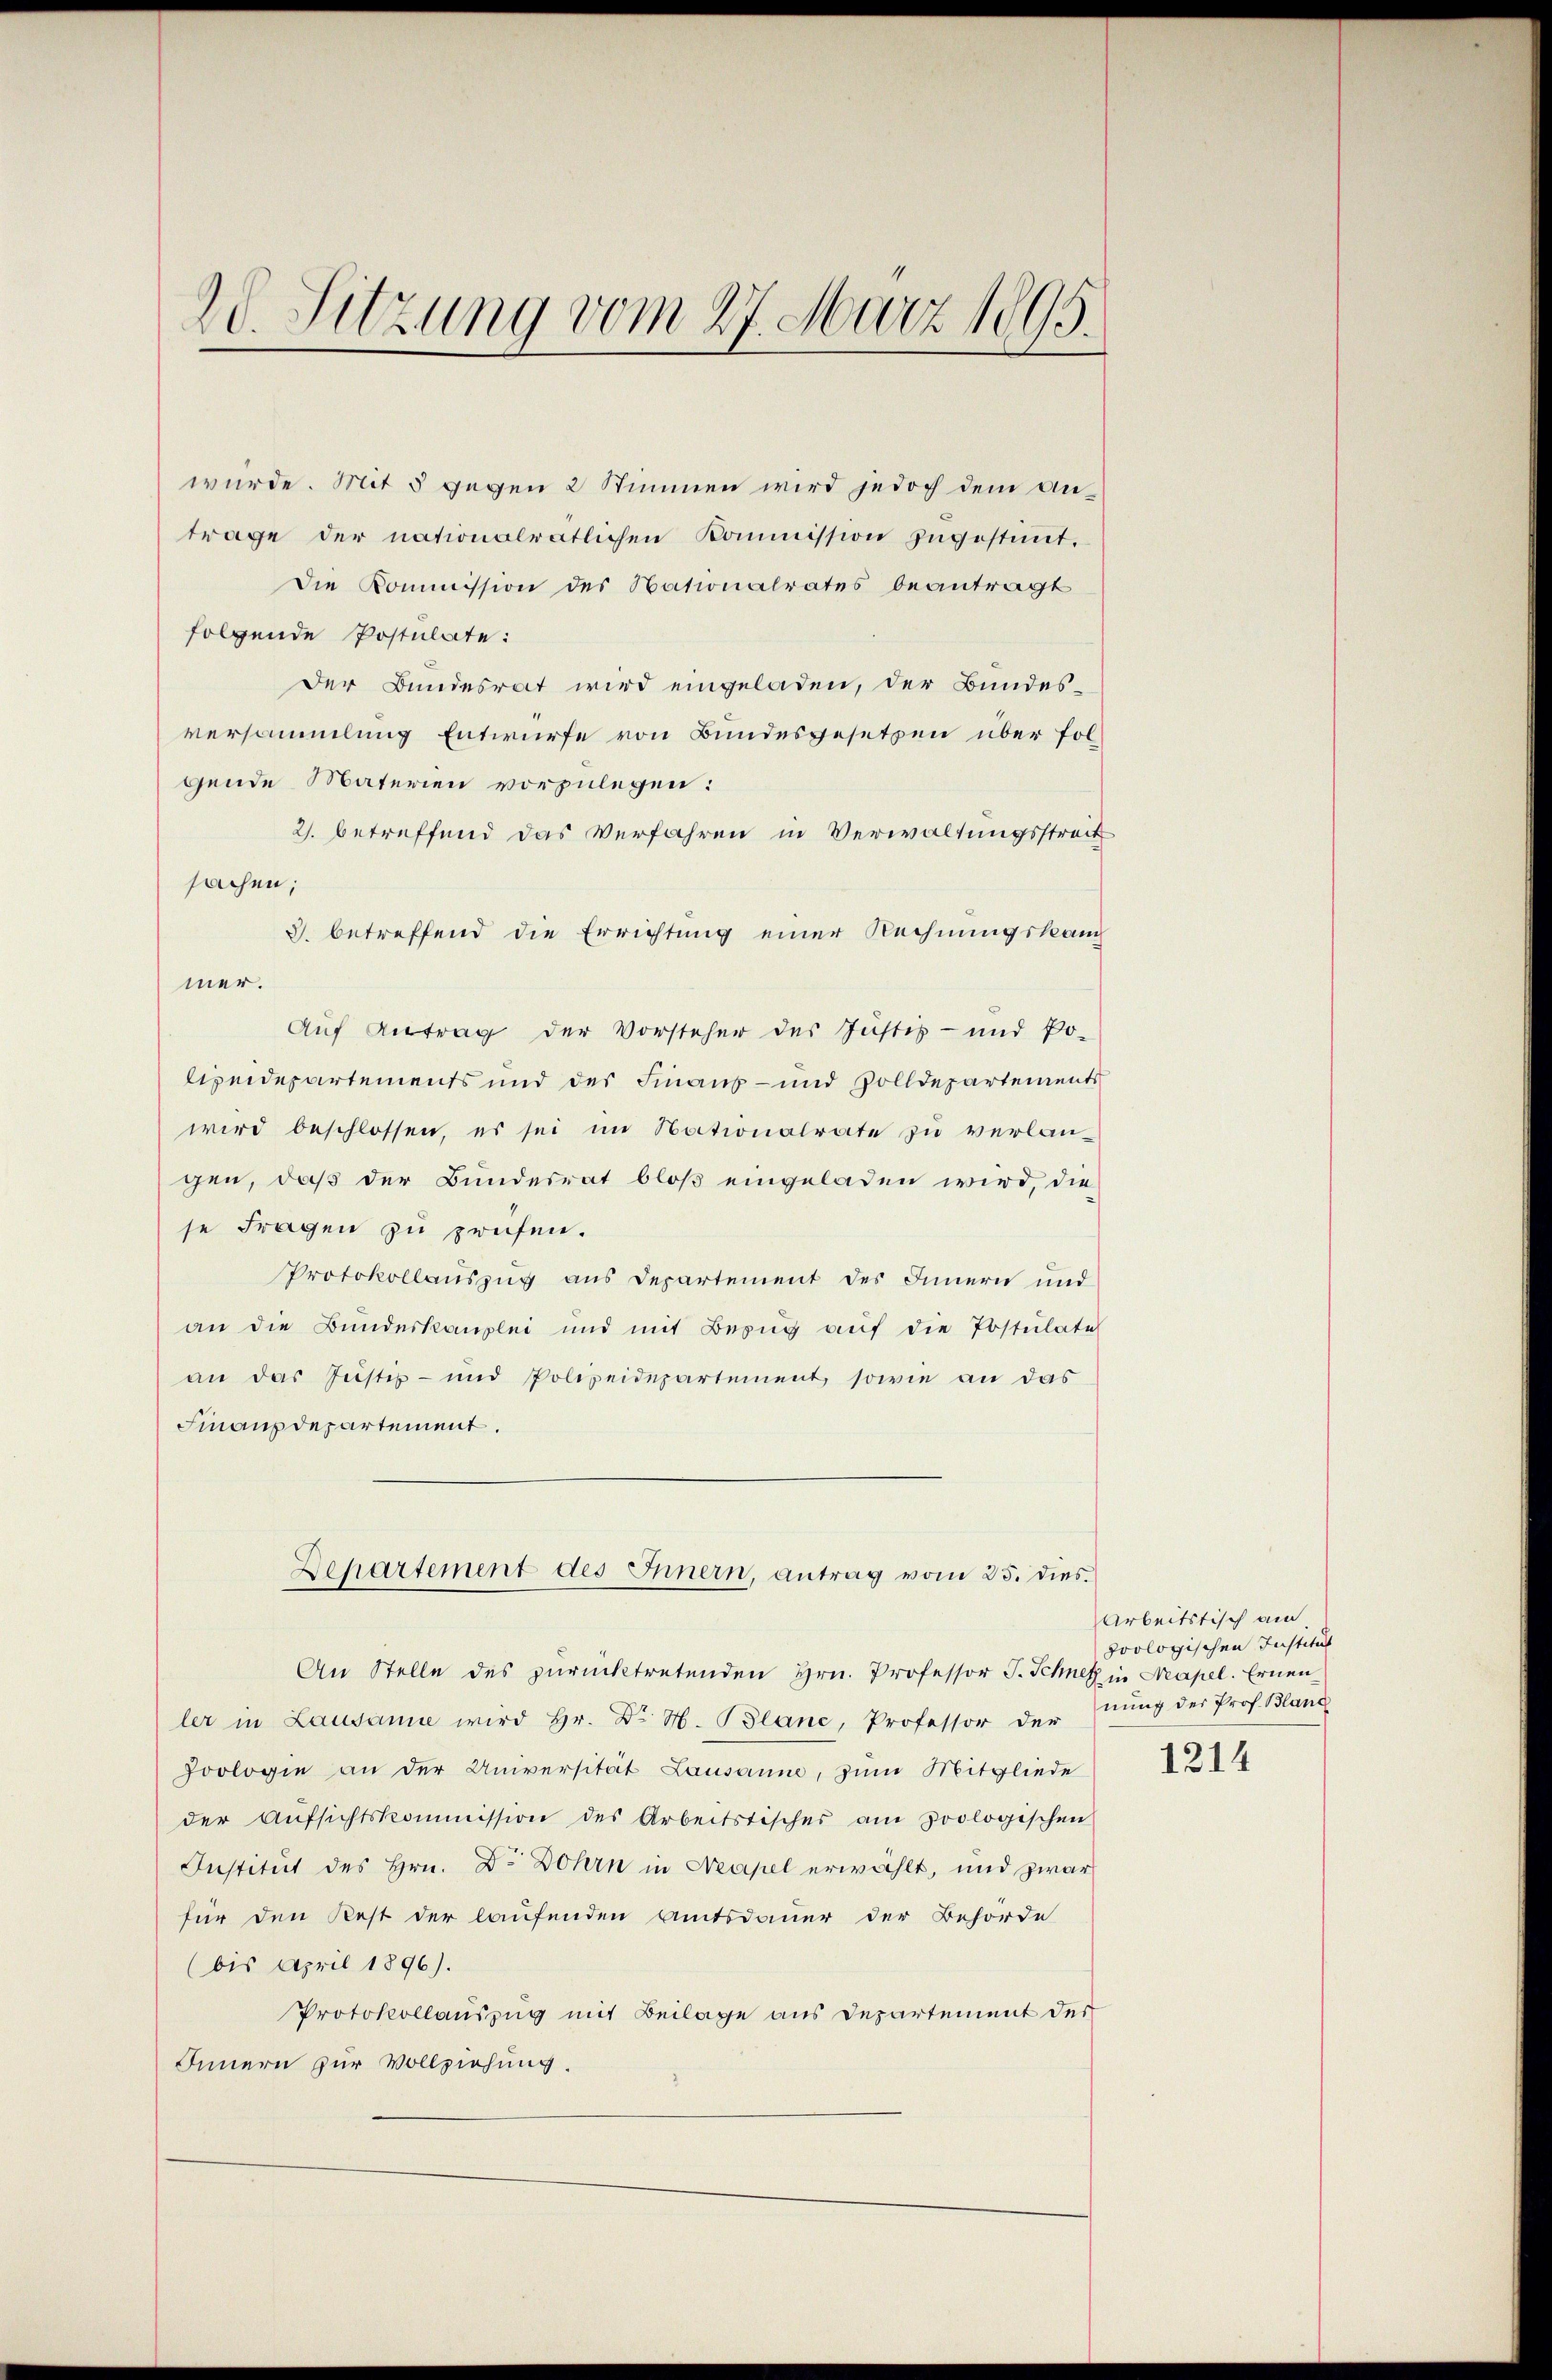
20. Sitzung vom 27. März 1895.

würde. Mit 5 gegen 2 Stimmen wird jedoch dem Antrage der nationalrätlichen Kommission zŭgestiṁt.
die Kommission des Nationalrates beantragt
folgende Postulate:
Der Bundesrat wird eingeladen, der Bundes-
versammlung Entwurfe von Bundesgesetzen über folgende Materien vorzulegen:
2. betreffend das Verfahren in Verwaltungsstreck
sachen;
3. betreffend die Errichtung einer Rechnungskan
mer.
Auf Antrag der Vorsteher der Justiz- und Poliquidepartements und des Finaus- und Zolldepartements
wird beschlossen, es sei im Nationalrate zu verlangen, daß der Bundesrat bloß eingeladen wird, die
se Fragen zu prüfen.
Protokollauszug aus Departement des Innern und
an die Bŭndeskomplei und mit Bezŭg aŭf die Postulate
an das Justiz- und Polizeidepartement, sowie an das
Finanzdepartement.
Departement des Innern, antrag vom 25. dies
An Stelle des zurücktretenden Hrn. Professor J. Schnet in Neapel. Ernenler in Lausanne wird Hr. Dr. M. Blanc, Professor der
Zoologie an der Universität Lausanne, zum Mitgliede
der Aŭfsichtskommission des Arbeitstisches am zoologischen
Institut des Hrn. Dr Dohrn in Neapel erwählt, und zwar
für den Rest der laufenden Amtsdauer der Behörde
(bis April 1896).
Protokollauszug mit Beilage aus Departement der
Innern zur Vollziehung.

Arbeitstisch am
poologischen Institut
nung der Prof. Blanc

1314